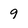
Character: 9